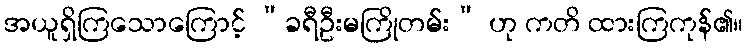
အယူရှိကြသောကြောင့် “ခရီဦးမကြိုတမ်း” ဟု ကတိ ထားကြကုန်၏။